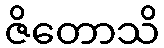
ဇိတောသိ